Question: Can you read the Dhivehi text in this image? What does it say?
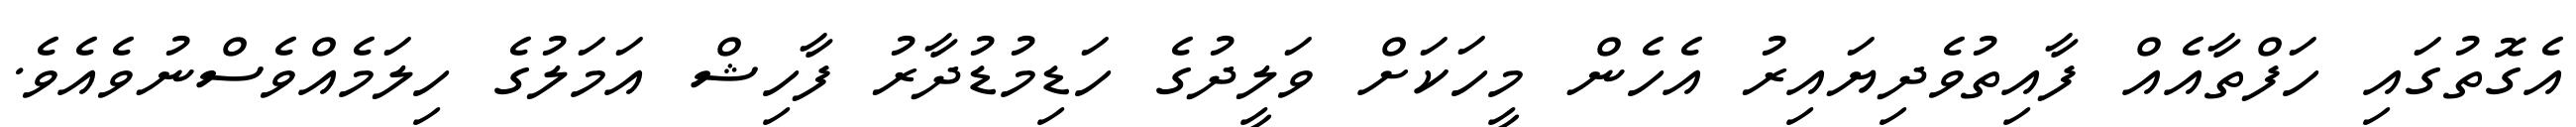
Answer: އެގޮތުގައި ހަފްތާއެއް ފާއިތުވެދިޔައިރު އެހެން މީހަކަށް ވަލީދުގެ ހަޑިމުޑުދާރު ފާހިޝް އަމަލުގެ ހިލަމެއްވެސްނުވެއެވެ.